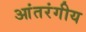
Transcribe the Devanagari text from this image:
आंतरंगीय